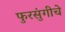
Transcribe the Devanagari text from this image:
फुरसुंगीचे